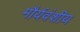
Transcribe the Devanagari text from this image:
मौर्यवंशीय